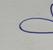
Signature authenticity: genuine